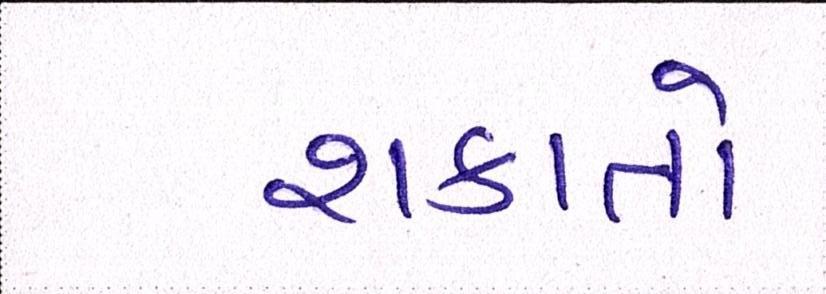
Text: શકાતો